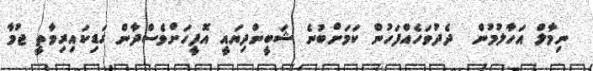
ނިމާލް އަހާލުމުން  ދެދުވަހެއްފަހުން ކަމަށްބުނެ ޝަބީންދިޔައީ އޮފީހަށްވެސްދާން ގަޑިކައިރިވާތީ ޖުމާ